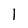
Character: 1